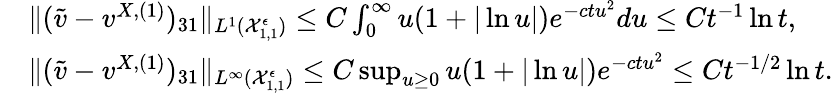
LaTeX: \begin{array}{rl}&{\| (\tilde{v}-v^{X,(1)})_{31}\| _{L^{1}(\mathcal{X}_{1,1}^{\epsilon})}\leq C\int_{0}^{\infty}u(1+|\ln u|)e^{-ctu^{2}}du\leq Ct^{-1}\ln t,}\\ &{\| (\tilde{v}-v^{X,(1)})_{31}\| _{L^{\infty}(\mathcal{X}_{1,1}^{\epsilon})}\leq C\operatorname*{sup}_{u\geq 0}u(1+|\ln u|)e^{-ctu^{2}}\leq Ct^{-1/2}\ln t.}\end{array}